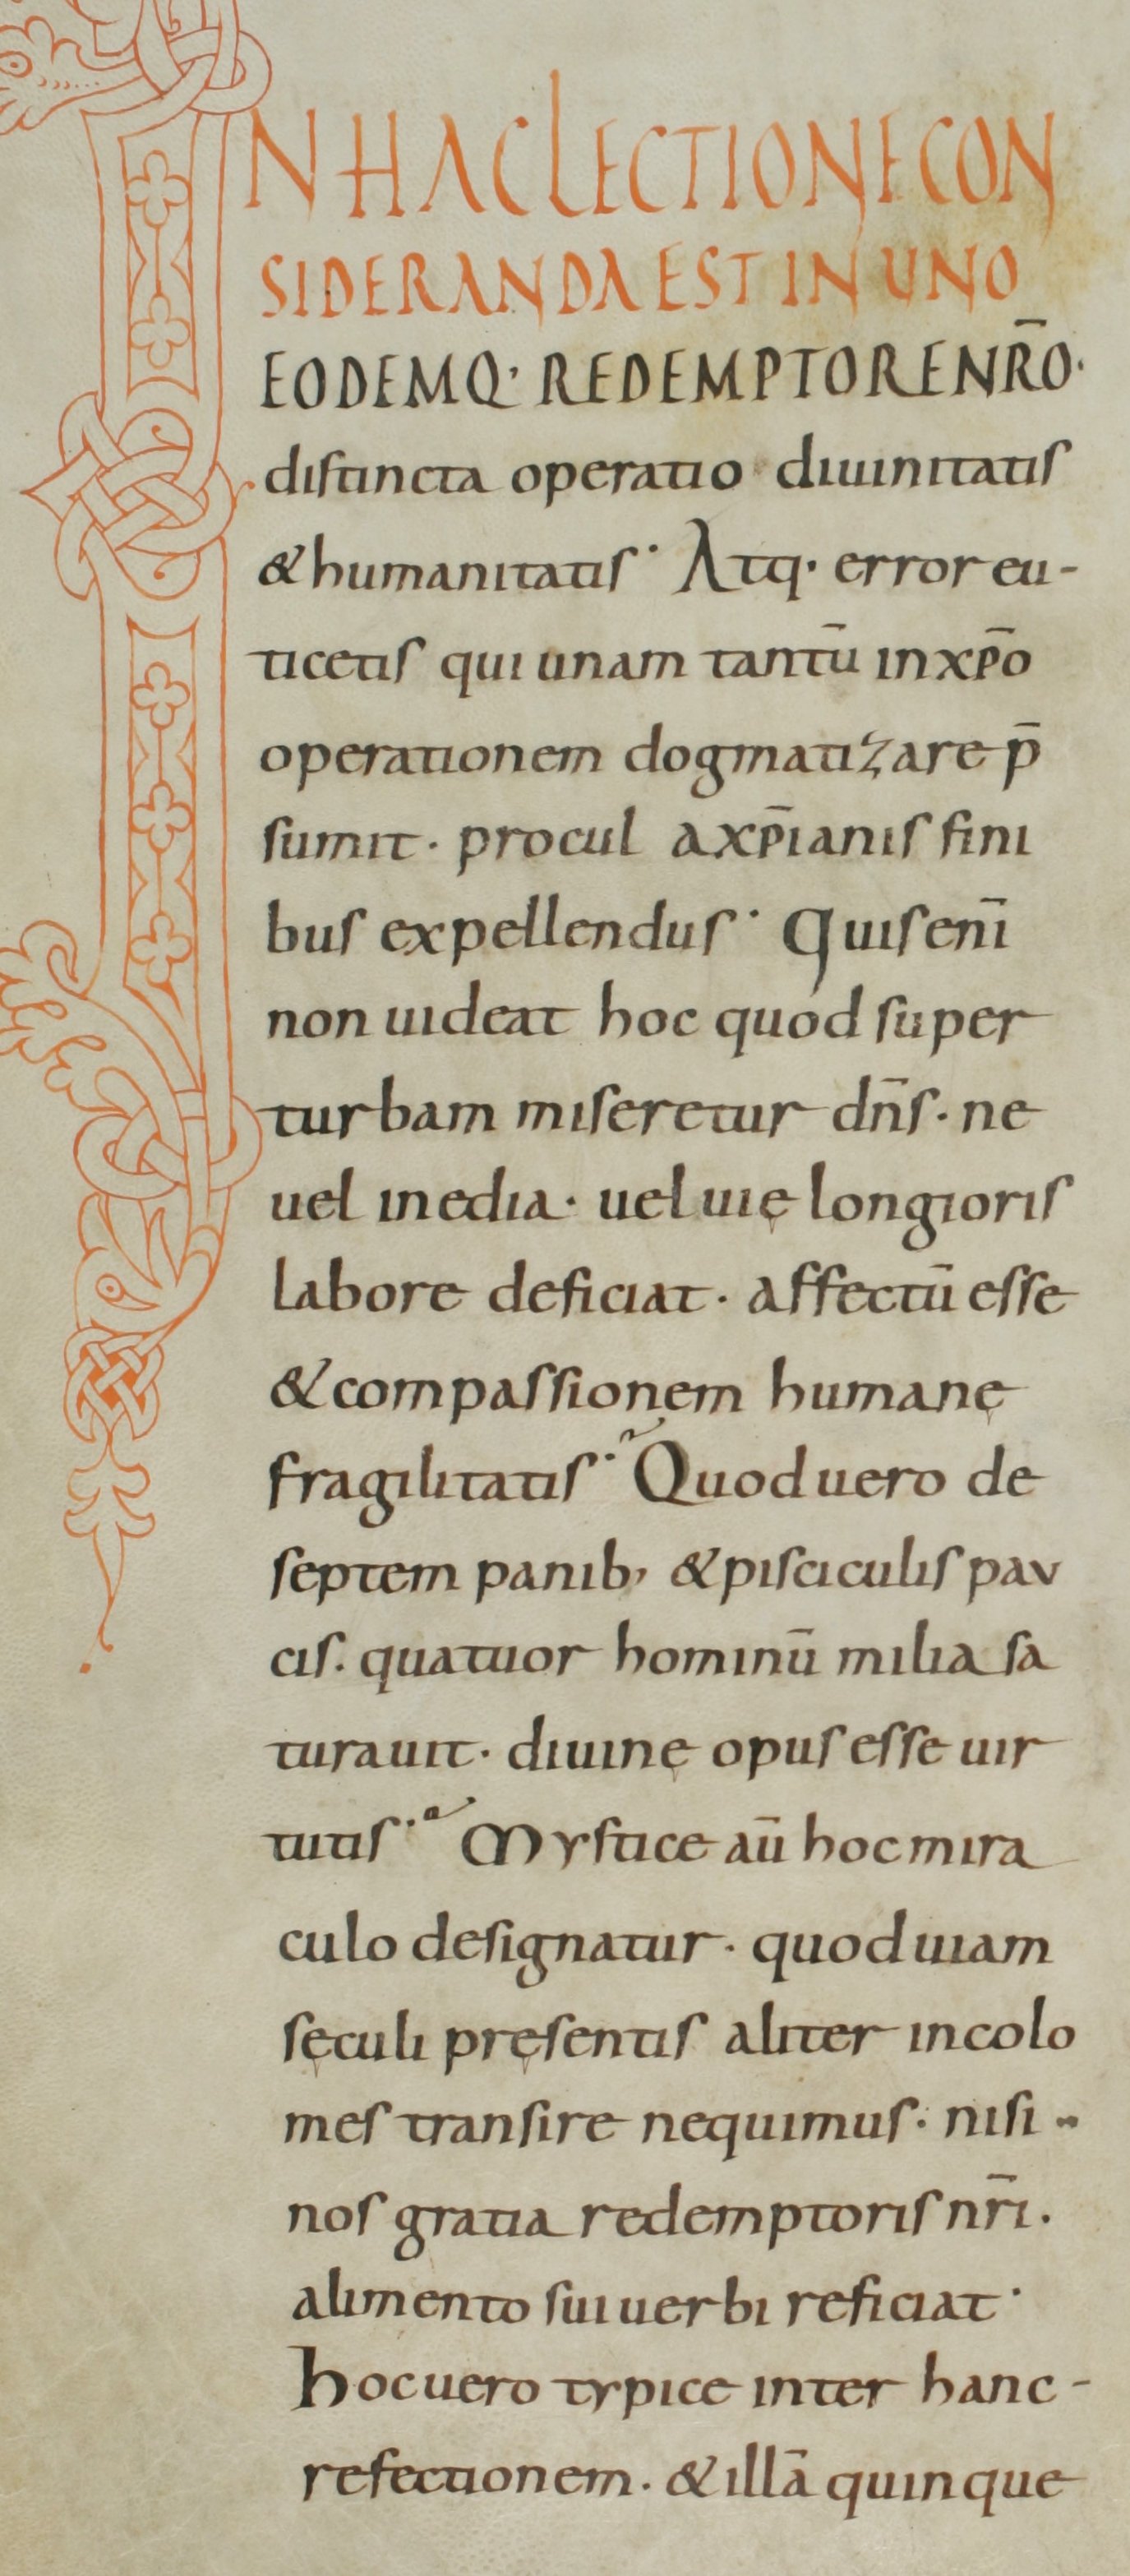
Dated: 800–899